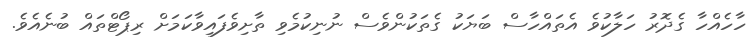
ހާހެއްހާ ގެދޮރު ހަލާކުވެ އެތައްހާސް ބަޔަކު ގެތަކުންވެސް ނުނިކުމެވި ތާށިވެފައިވާކަމަށް ރިޕޯޓްތައް ބުނެއެވެ.